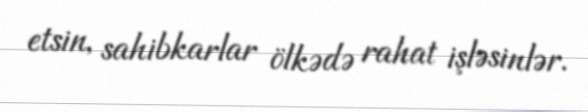
etsin, sahibkarlar ölkədə rahat işləsinlər.